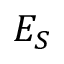
E _ { S }